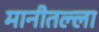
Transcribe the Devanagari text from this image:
मानीतल्ला